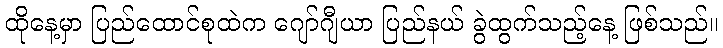
ထိုနေ့မှာ ပြည်ထောင်စုထဲက ဂျော်ဂျီယာ ပြည်နယ် ခွဲထွက်သည့်နေ့ ဖြစ်သည်။